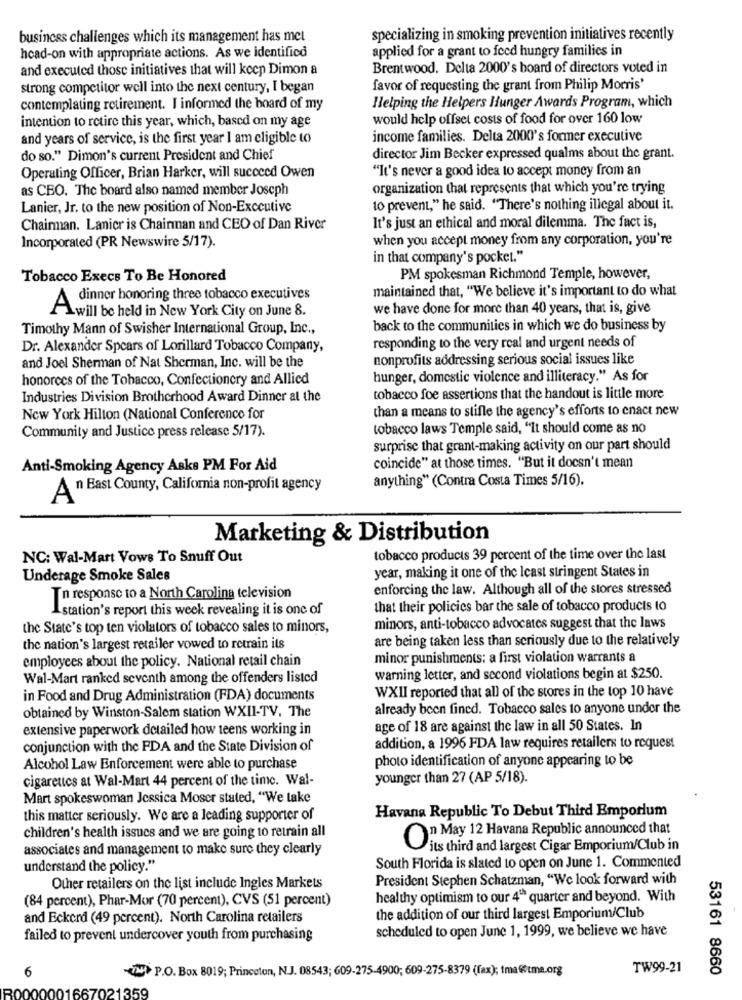
business challenges which its management has met
specializing in smoking prevention initiatives recently
applied for a grant to feed hungry families in
head-on with appropriate actions. As we identifico
and executed those initiatives that will keep Dimon a
Brentwood. Delta 2000's board of directors voted in
strong competitor well into the next century, I began
favor of requesting the grant from Philip Morris'
contemplating retirement. I informed the board of my
Helping the Helpers Hunger Awards Program, which
intention to retire this year, which, based on my age
would help offset costs of food for over 160 low
and years of service, is the first year I am eligible to
income families. Delta 2000's former executive
do so." Dimon's current President and Chief
director Jim Becker expressed qualms about the grant.
"It's never a good idea to accept money from an
Operating Officer, Brian Harker, will succeed Owen
as CEO. The board also named member Joseph
organization that represents that which you're trying
Lanier, Jr. to the new position of Non-Executive
to prevent," he said. "There's nothing illegal about it.
Chairman. Lanicr is Chainnan and CEO of Dan River
It's just an ethical and moral dilemma. The fact is,
when you accept money from any corporation, you're
Incorporated (PR Newswire 5/17).
in that company's pocket."
Tobacco Execs To Be Honored
PM spokesman Richmond Temple, however,
maintained that, "We believe it's important to do what
A dinner honoring three tobacco executives
we have done for more than 40 years, that is, give
1will be held in New York City on June 8.
Timothy Mann of Swisher International Group, Inc .,
back to the communities in which we do business by
Dr. Alexander Spears of Lorillard Tobacco Company,
responding to the very real and urgent needs of
nonprofits addressing serious social issues like
and Joel Sherman of Nat Sherman, Inc. will be the
honorees of the Tobacco, Confectionery and Allied
hunger, domestic violence and illiteracy." As for
Industries Division Brotherhood Award Dinner at the
tobacco foe assertions that the handout is little more
than a means to stifle the agency's efforts to enact new
New York Hilton (National Conference for
Community and Justice press release 5/17).
tobacco laws Temple said, "It should come as no
surprise that grant-making activity on our part should
Anti-Smoking Agency Aske PM For Aid
coincide" at those times. "But it doesn't mean
anything" (Contra Costa Times 5/16).
An East County, California non-profit agency
Marketing & Distribution
NC: Wal-Mart Vows To Snuff Out
tobacco products 39 percent of the time over the last
Underage Smoke Sales
year, making it one of the least stringent States in
enforcing the law. Although all of the stores stressed
To response to a North Carolina television
Lstation's report this week revealing it is one of
that their policies bar the sale of tobacco products to
the State's top ten violators of tobacco sales to minors,
minors, anti-tobacco advocates suggest that the laws
are being taken less than scriously due to the relatively
the nation's largest retailer vowed to retrain its
employees about the policy. National retail chain
minor punishments: a first violation warrants a
Wal-Mart ranked seventh among the offenders listed
warning letter, and second violations begin at $250.
WXII reported that all of the stores in the top 10 have
in Food and Drug Administration (FDA) documents
already been fined. Tobacco sales to anyone under the
obtained by Winston-Salem station WXII-TV. The
extensive paperwork detailed how teens working in
age of 18 are against the law in all 50 States. In
conjunction with the FDA and the State Division of
addition, a 1996 FDA law requires retailers to request
photo identification of anyone appearing to be
Alcohol Law Enforcement were able to purchase
cigarettes at Wal-Mart 44 percent of the time. Wal-
younger than 27 (AP 5/18).
Mart spokeswoman Jessica Moser stated, "We take
this matter seriously. We are a leading supporter of
Havana Republic To Debut Third Emporium
children's health issues and we are going to retrain all
" May 12 Havana Republic announced that
associates and management to make sure they clearly
its third and largest Cigar Emporium/Club in
understand the policy."
South Florida is slated to open on June 1. Commented
President Stephen Schatzman, "We look forward with
Other retailers on the list include Ingles Markets
(84 percent), Phar-Mor (70 percent), CVS (51 percent)
healthy optimism to our 4" quarter and beyond. With
and Eckerd (49 percent). North Carolina retailers
the addition of our third largest Emporium/Club
scheduled to open June 1, 1999, we believe we have
failed to prevent undercover youth from purchasing
6
TN P.O. Box 8019; Princeton, N.J. 08543; 609-275-4900; 609-275-8379 (fax); tma@tme.org
TW99-21
53161 8660
21359